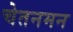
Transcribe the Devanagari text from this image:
चेतनमन